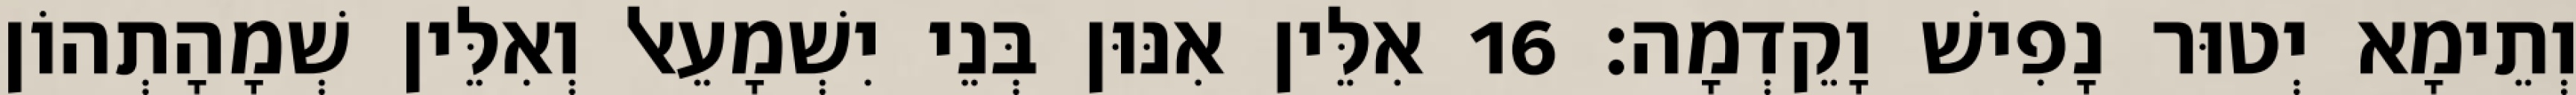
וְתֵימָא יְטוּר נָפִישׁ וָקֵדְמָה׃ 16 אִלֵּין אִנּוּן בְּנֵי יִשְׁמָעֵאל וְאִלֵּין שְׁמָהָתְהוֹן